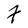
Character: F